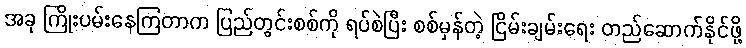
အခု ကြိုးပမ်းနေကြတာက ပြည်တွင်းစစ်ကို ရပ်စဲပြီး စစ်မှန်တဲ့ ငြိမ်းချမ်းရေး တည်ဆောက်နိုင်ဖို့